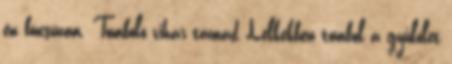
én búcsúzom. Tomboló vihar támad Lelkekben tombol a gyűlölet